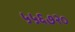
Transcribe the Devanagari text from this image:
५५६७२०